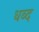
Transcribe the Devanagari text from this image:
धब्द